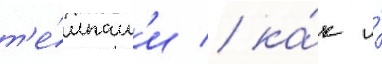
т'е́мпам'и / ка́к и́